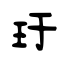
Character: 玗